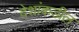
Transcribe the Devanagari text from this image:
देशांकडील